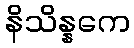
နိသိန္နကေ